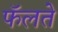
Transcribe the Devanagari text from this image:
फॅलते